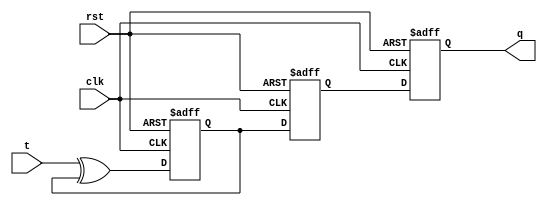
module t_ff(
    input clk,
    input rst,
    input t,
    output reg q
);

reg master_q, slave_q;

always @(posedge clk or posedge rst) begin
    if(rst) begin
        master_q <= 1'b0;
        slave_q <= 1'b0;
        q <= 1'b0;
    end else begin
        master_q <= t ^ master_q;
        slave_q <= master_q;
        q <= slave_q;
    end
end

endmodule